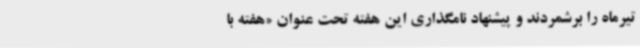
تیرماه را برشمردند و پیشنهاد نامگذاری این هفته تحت عنوان «هفته با